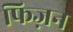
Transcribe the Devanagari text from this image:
फिज़न